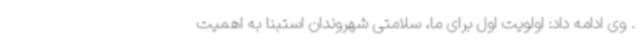
. وی ادامه داد: اولویت اول برای ما، سلامتی شهروندان استبنا به اهمیت